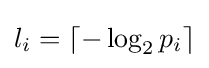
l_{i}=\lceil -\log _{2}p_{i}\rceil